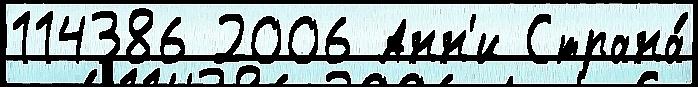
114386 2006 Анн'и Страна́